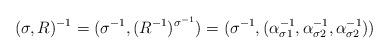
LaTeX: \begin{align*}(\sigma,R)^{-1}=(\sigma^{-1},(R^{-1})^{\sigma^{-1}})=(\sigma^{-1},(\alpha^{-1}_{\sigma 1}, \alpha^{-1}_{\sigma 2}, \alpha^{-1}_{\sigma 2}))\end{align*}